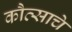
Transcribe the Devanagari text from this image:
कौत्साचे